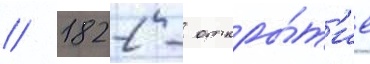
// 1822 - откры́т'ие